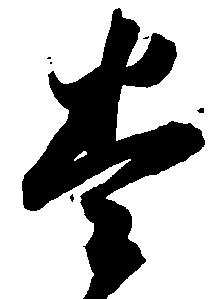
巻